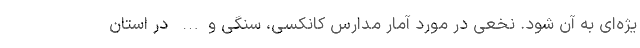
یژه‌ای به آن شود. نخعی در مورد آمار مدارس کانکسی، سنگی و… در استان